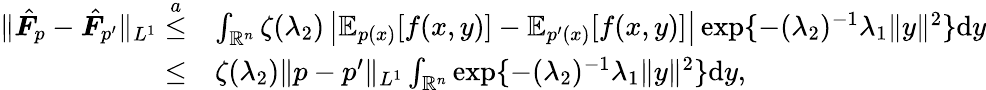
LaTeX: \begin{array}{rl}{\| \hat{\boldsymbol{F}}_{p}-\hat{\boldsymbol{F}}_{p^{\prime}}\| _{L^{1}}\overset{a}{\leq}}&{\int_{\mathbb{R}^{n}}\zeta(\lambda_{2})\left|\mathbb{E}_{p(x)}[f(x,y)]-\mathbb{E}_{p^{\prime}(x)}[f(x,y)]\right|\exp\{ -(\lambda_{2})^{-1}\lambda_{1}\| y\| ^{2}\} \mathrm{d}y}\\ {\leq}&{\zeta(\lambda_{2})\| p-p^{\prime}\| _{L^{1}}\int_{\mathbb{R}^{n}}\exp\{ -(\lambda_{2})^{-1}\lambda_{1}\| y\| ^{2}\} \mathrm{d}y,}\end{array}